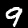
Label: 9